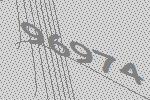
96974